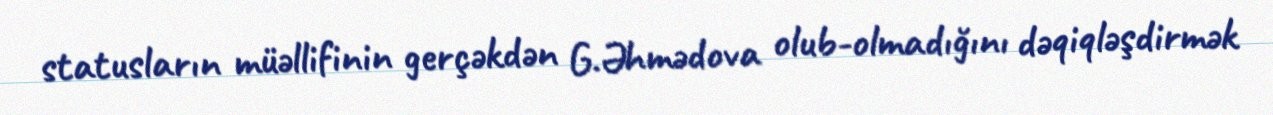
statusların müəllifinin gerçəkdən G.Əhmədova olub-olmadığını dəqiqləşdirmək